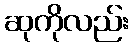
ဆုကိုလည်း